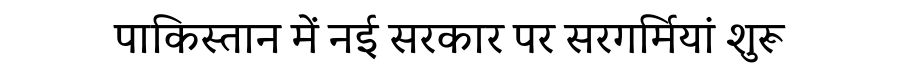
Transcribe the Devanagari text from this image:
पाकिस्तान में नई सरकार पर सरगर्मियां शुरू